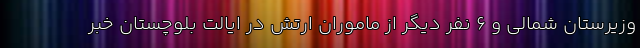
وزیرستان شمالی و ۶ نفر دیگر از ماموران ارتش در ایالت بلوچستان خبر